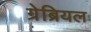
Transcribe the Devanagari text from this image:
ग्रेब्रियल